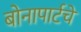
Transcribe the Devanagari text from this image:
बोनापार्टचे